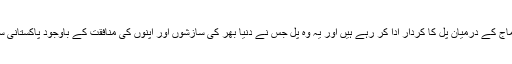
پاکستان کے دینی مدارس مذہب اور سماج کے درمیان پل کا کردار ادا کر رہے ہیں اور یہ وہ پل جس نے دنیا بھر کی سازشوں اور اپنوں کی منافقت کے باوجود پاکستانی سماج کو مذہب سے دور نہیں ہونے دیا۔